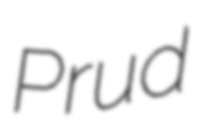
Prud